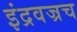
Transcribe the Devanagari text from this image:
इंद्रवज्रच